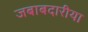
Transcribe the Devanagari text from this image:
जबाबदारीया